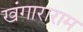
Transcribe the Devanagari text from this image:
खंगाराराम